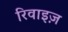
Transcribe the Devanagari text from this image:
रिवाइज़